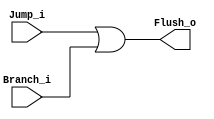
module IF_ID_Flush
(
    input Jump_i,
    input Branch_i,
    output Flush_o
);

assign Flush_o = (Jump_i || Branch_i);

endmodule